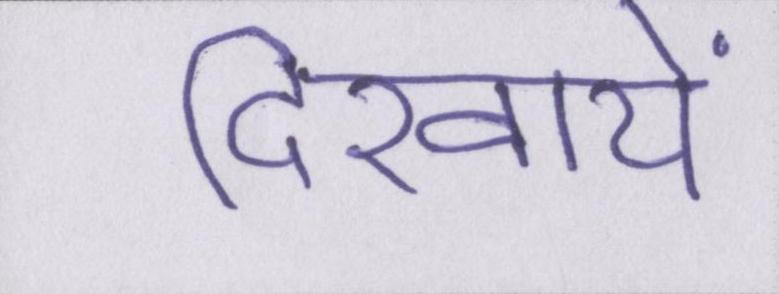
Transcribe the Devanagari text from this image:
दिखायें